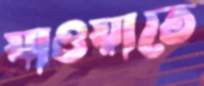
যাওয়াতে